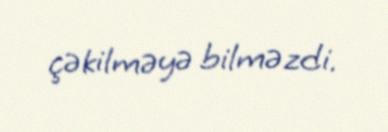
çəkilməyə bilməzdi.